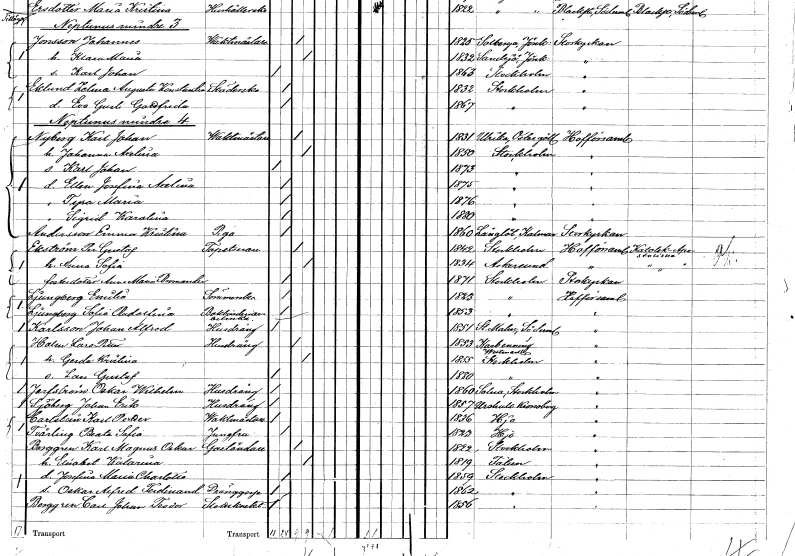
gt_parse: households: individuals: FN: Karl Johan
EN: Nyberg
YRKE: Vaktmästare
KON: M
CIV: G
FODAR: 1831
FODFORS: Ulrika Östergötlands län
FN: Johanna Axelina
KON: K
CIV: G
FODAR: 1850
FODFORS: Stockholm
FN: Karl Johan
KON: M
CIV: O
FODAR: 1873
FODFORS: Stockholm
FN: Ellen Josefina Axelina
KON: K
CIV: O
FODAR: 1875
FODFORS: Stockholm
FN: Tyra Maria
KON: K
CIV: O
FODAR: 1876
FODFORS: Stockholm
FN: Sigrid Karolina
KON: K
CIV: O
FODAR: 1880
FODFORS: Stockholm
FN: Emma Kristina
EN: Andersson
YRKE: Piga
KON: K
CIV: O
FODAR: 1860
FODFORS: Långlöt Kalmar län
FN: Per Gustaf
EN: Ekström
YRKE: Tapetserare
KON: M
CIV: G
FODAR: 1842
FODFORS: Stockholm
FN: Anna Sofia
KON: K
CIV: G
FODAR: 1834
FODFORS: Askersund Örebro län
FN: Anna Maria
EN: Bromander
KON: K
CIV: O
FODAR: 1871
FODFORS: Stockholm
FN: Emilia
EN: Ljungberg
YRKE: Sömmerska
KON: K
CIV: O
FODAR: 1823
FODFORS: Stockholm
FN: Sofia Adolfina
EN: Ljungberg
YRKE: Bokbinderiarbeterska
KON: K
CIV: O
FODAR: 1853
FODFORS: Stockholm
FN: Johan Alfred
EN: Karlsson
YRKE: Husdräng tjänstehjon hos ägarna
KON: M
CIV: O
FODAR: 1851
FODFORS: Stora Malm Södermanlands län
FN: Lars Petter
EN: Holm
YRKE: Husdräng tjänstehjon hos ägarna
KON: M
CIV: G
FODAR: 1853
FODFORS: Karbenning Västmanlands län
FN: Gerda Kristina
KON: K
CIV: G
FODAR: 1855
FODFORS: Stockholm
FN: Lars Gustaf
KON: M
CIV: O
FODAR: 1880
FODFORS: Stockholm
FN: Oskar Wilhelm
EN: Jarlström
YRKE: Husdräng tjänstehjon hos ägarna
KON: M
CIV: O
FODAR: 1860
FODFORS: Solna Stockholms län
FN: Johan Erik
EN: Sjöberg
YRKE: Husdräng tjänstehjon hos ägarna
KON: M
CIV: O
FODAR: 1857
FODFORS: Urshult Kronobergs län
FN: Karl Petter
EN: Carlstain
YRKE: Vaktmästare
KON: M
CIV: O
FODAR: 1836
FODFORS: Hjo Skaraborgs län
FN: Beata Sofia
EN: Tvärling
YRKE: Jungfru
KON: K
CIV: O
FODAR: 1823
FODFORS: Hjo Skaraborgs län
FN: Karl Magnus Oskar
EN: Berggren
YRKE: Gaständare
KON: M
CIV: G
FODAR: 1822
FODFORS: Stockholm
FN: Elisabet Katarina
KON: K
CIV: G
FODAR: 1819
FODFORS: Falun Kopparbergs län
FN: Josefina Maria Charlotta
KON: K
CIV: O
FODAR: 1859
FODFORS: Stockholm
FN: Oskar Alfred Ferdinand
YRKE: Dränggosse
KON: M
CIV: O
FODAR: 1862
FODFORS: Stockholm
FN: Carl Johan Teodor
EN: Berggren
YRKE: Slottsknekt
KON: M
CIV: O
FODAR: 1856
FODFORS: Stockholm